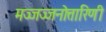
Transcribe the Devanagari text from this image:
मज्जज्जनोत्तारिणी